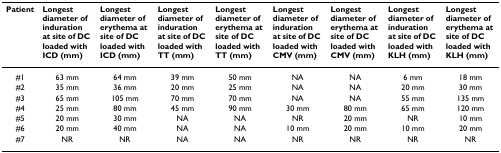
<table><thead><tr><td><b>Patient</b></td><td><b>Longest diameter of induration at site of DC loaded with ICD (mm)</b></td><td><b>Longest diameter of erythema at site of DC loaded with ICD (mm)</b></td><td><b>Longest diameter of induration at site of DC loaded with TT (mm)</b></td><td><b>Longest diameter of erythema at site of DC loaded with TT (mm)</b></td><td><b>Longest diameter of induration at site of DC loaded with CMV (mm)</b></td><td><b>Longest diameter of erythema at site of DC loaded with CMV (mm)</b></td><td><b>Longest diameter of induration at site of DC loaded with KLH (mm)</b></td><td><b>Longest diameter of erythema at site of DC loaded with KLH (mm)</b></td></tr></thead><tbody><tr><td>#1</td><td>63 mm</td><td>64 mm</td><td>39 mm</td><td>50 mm</td><td>NA</td><td>NA</td><td>6 mm</td><td>18 mm</td></tr><tr><td>#2</td><td>35 mm</td><td>36 mm</td><td>20 mm</td><td>25 mm</td><td>NA</td><td>NA</td><td>20 mm</td><td>30 mm</td></tr><tr><td>#3</td><td>65 mm</td><td>105 mm</td><td>70 mm</td><td>70 mm</td><td>NA</td><td>NA</td><td>55 mm</td><td>135 mm</td></tr><tr><td>#4</td><td>25 mm</td><td>80 mm</td><td>45 mm</td><td>90 mm</td><td>30 mm</td><td>80 mm</td><td>65 mm</td><td>120 mm</td></tr><tr><td>#5</td><td>20 mm</td><td>30 mm</td><td>NA</td><td>NA</td><td>NR</td><td>20 mm</td><td>NR</td><td>10 mm</td></tr><tr><td>#6</td><td>20 mm</td><td>40 mm</td><td>NA</td><td>NA</td><td>10 mm</td><td>20 mm</td><td>10 mm</td><td>20 mm</td></tr><tr><td>#7</td><td>NR</td><td>NR</td><td>NA</td><td>NA</td><td>NR</td><td>NR</td><td>NR</td><td>NR</td></tr></tbody></table>